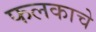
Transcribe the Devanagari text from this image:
फलकाचे